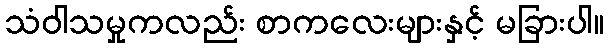
သံဝါသမှုကလည်း စာကလေးများနှင့် မခြားပါ။